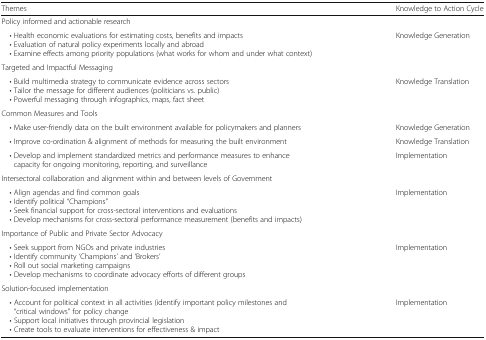
<table><thead><tr><td><b>Themes</b></td><td><b>Knowledge to Action Cycle</b></td></tr></thead><tbody><tr><td colspan="2">Policy informed and actionable research</td></tr><tr><td> • Health economic evaluations for estimating costs, benefits and impacts • Evaluation of natural policy experiments locally and abroad • Examine effects among priority populations (what works for whom and under what context)</td><td>Knowledge Generation</td></tr><tr><td colspan="2">Targeted and Impactful Messaging</td></tr><tr><td><i> •</i> Build multimedia strategy to communicate evidence across sectors<i> •</i> Tailor the message for different audiences (politicians vs. public)<i> •</i> Powerful messaging through infographics, maps, fact sheet</td><td>Knowledge Translation</td></tr><tr><td colspan="2">Common Measures and Tools</td></tr><tr><td> • Make user-friendly data on the built environment available for policymakers and planners</td><td>Knowledge Generation</td></tr><tr><td> • Improve co-ordination &amp; alignment of methods for measuring the built environment</td><td>Knowledge Translation</td></tr><tr><td> • Develop and implement standardized metrics and performance measures to enhance capacity for ongoing monitoring, reporting, and surveillance</td><td>Implementation</td></tr><tr><td colspan="2">Intersectoral collaboration and alignment within and between levels of Government</td></tr><tr><td> • Align agendas and find common goals • Identify political “Champions” • Seek financial support for cross-sectoral interventions and evaluations • Develop mechanisms for cross-sectoral performance measurement (benefits and impacts)</td><td>Implementation</td></tr><tr><td colspan="2">Importance of Public and Private Sector Advocacy</td></tr><tr><td> • Seek support from NGOs and private industries • Identify community ‘Champions’ and ‘Brokers’ • Roll out social marketing campaigns • Develop mechanisms to coordinate advocacy efforts of different groups</td><td>Implementation</td></tr><tr><td colspan="2">Solution-focused implementation</td></tr><tr><td> • Account for political context in all activities (identify important policy milestones and “critical windows” for policy change • Support local initiatives through provincial legislation • Create tools to evaluate interventions for effectiveness &amp; impact</td><td>Implementation</td></tr></tbody></table>